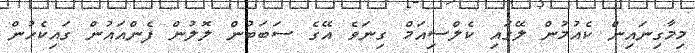
މިމާގިނައިން ކެއުމުން ލޭގައި ކެލްސިއަމް ގިނަވެ އޭގެ ސަބަބުން ލޮލުން ފެންއައުން ގައިކެހުން